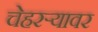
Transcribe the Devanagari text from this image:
चेहरऱ्यावर